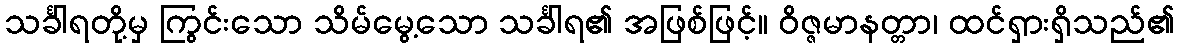
သင်္ခါရတို့မှ ကြွင်းသော သိမ်မွေ့သော သင်္ခါရ၏ အဖြစ်ဖြင့်။ ဝိဇ္ဇမာနတ္တာ၊ ထင်ရှားရှိသည်၏